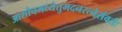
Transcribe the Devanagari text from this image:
आशौचमध्येतुमदनरत्नेसंवर्तः